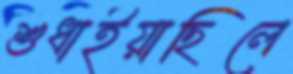
শুধাইয়াছিলে